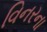
વિનરના